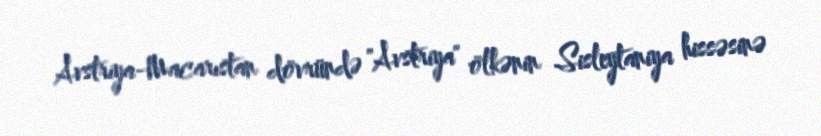
Avstriya-Macarıstan dövründə "Avstriya" ölkənin Sisleytaniya hissəsinə